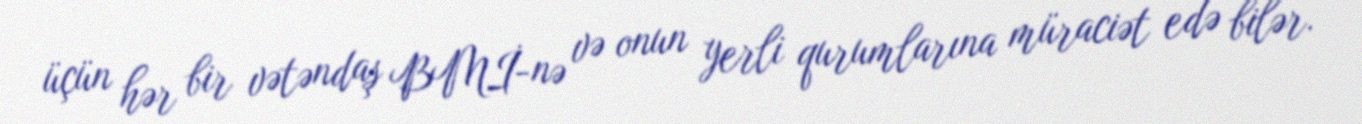
üçün hər bir vətəndaş BMİ-nə və onun yerli qurumlarına müraciət edə bilər.